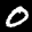
Label: 0